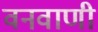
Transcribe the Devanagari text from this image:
वनवाणी